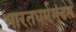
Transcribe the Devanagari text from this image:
भारतधर्ममंडल